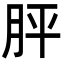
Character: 胓